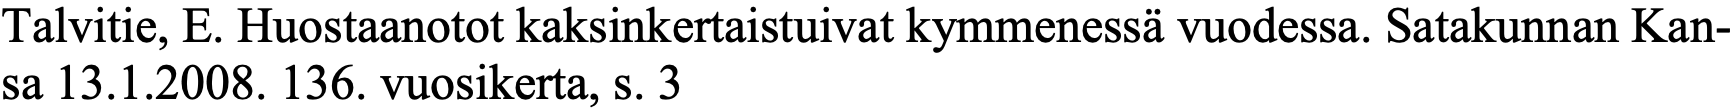
Talvitie, E. Huostaanotot kaksinkertaistuivat kymmenessä vuodessa. Satakunnan Kan- sa 13.1.2008. 136. vuosikerta, s. 3